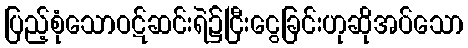
ပြည့်စုံသောဝဋ်ဆင်းရဲ၌ငြီးငွေခြင်းဟုဆိုအပ်သော